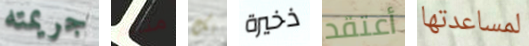
جريمته متألم بك ذخيرة أعتقد لمساعدتها